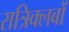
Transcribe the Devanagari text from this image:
रात्रिक्लबों